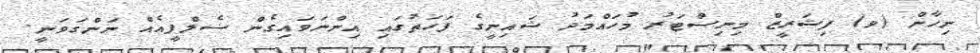
ނިހާން (ވ) ފިޝަރީޒް މިނިސްޓަރު މުހައްމަދު ޝައިނީގެ ފަހަތުގައި އިންނަވައިގެން ސެލްފީއެއް ނަންގަވަނީ.